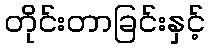
တိုင်းတာခြင်းနှင့်